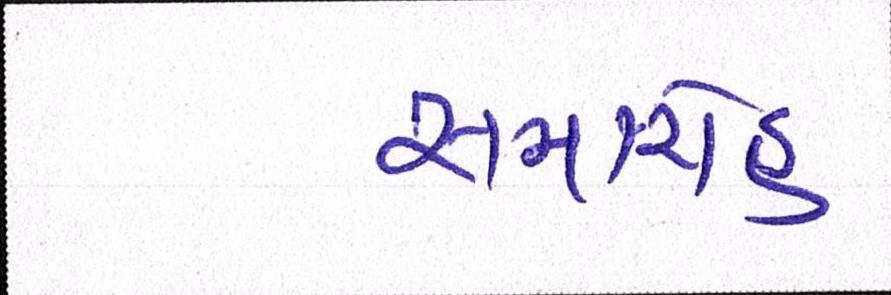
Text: સમારોહ